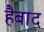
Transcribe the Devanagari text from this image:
हैबाद